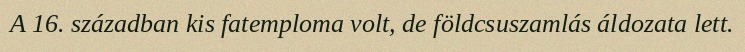
A 16. században kis fatemploma volt, de földcsuszamlás áldozata lett.